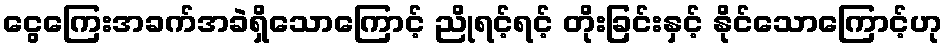
ငွေကြေးအခက်အခဲရှိသောကြောင့် ညိုရင့်ရင့် တိုးခြင်းနှင့် နိုင်သောကြောင့်ဟု